NAE_ERA_R-1950_Eesti_Ajakirjanike_Liit, lk 35
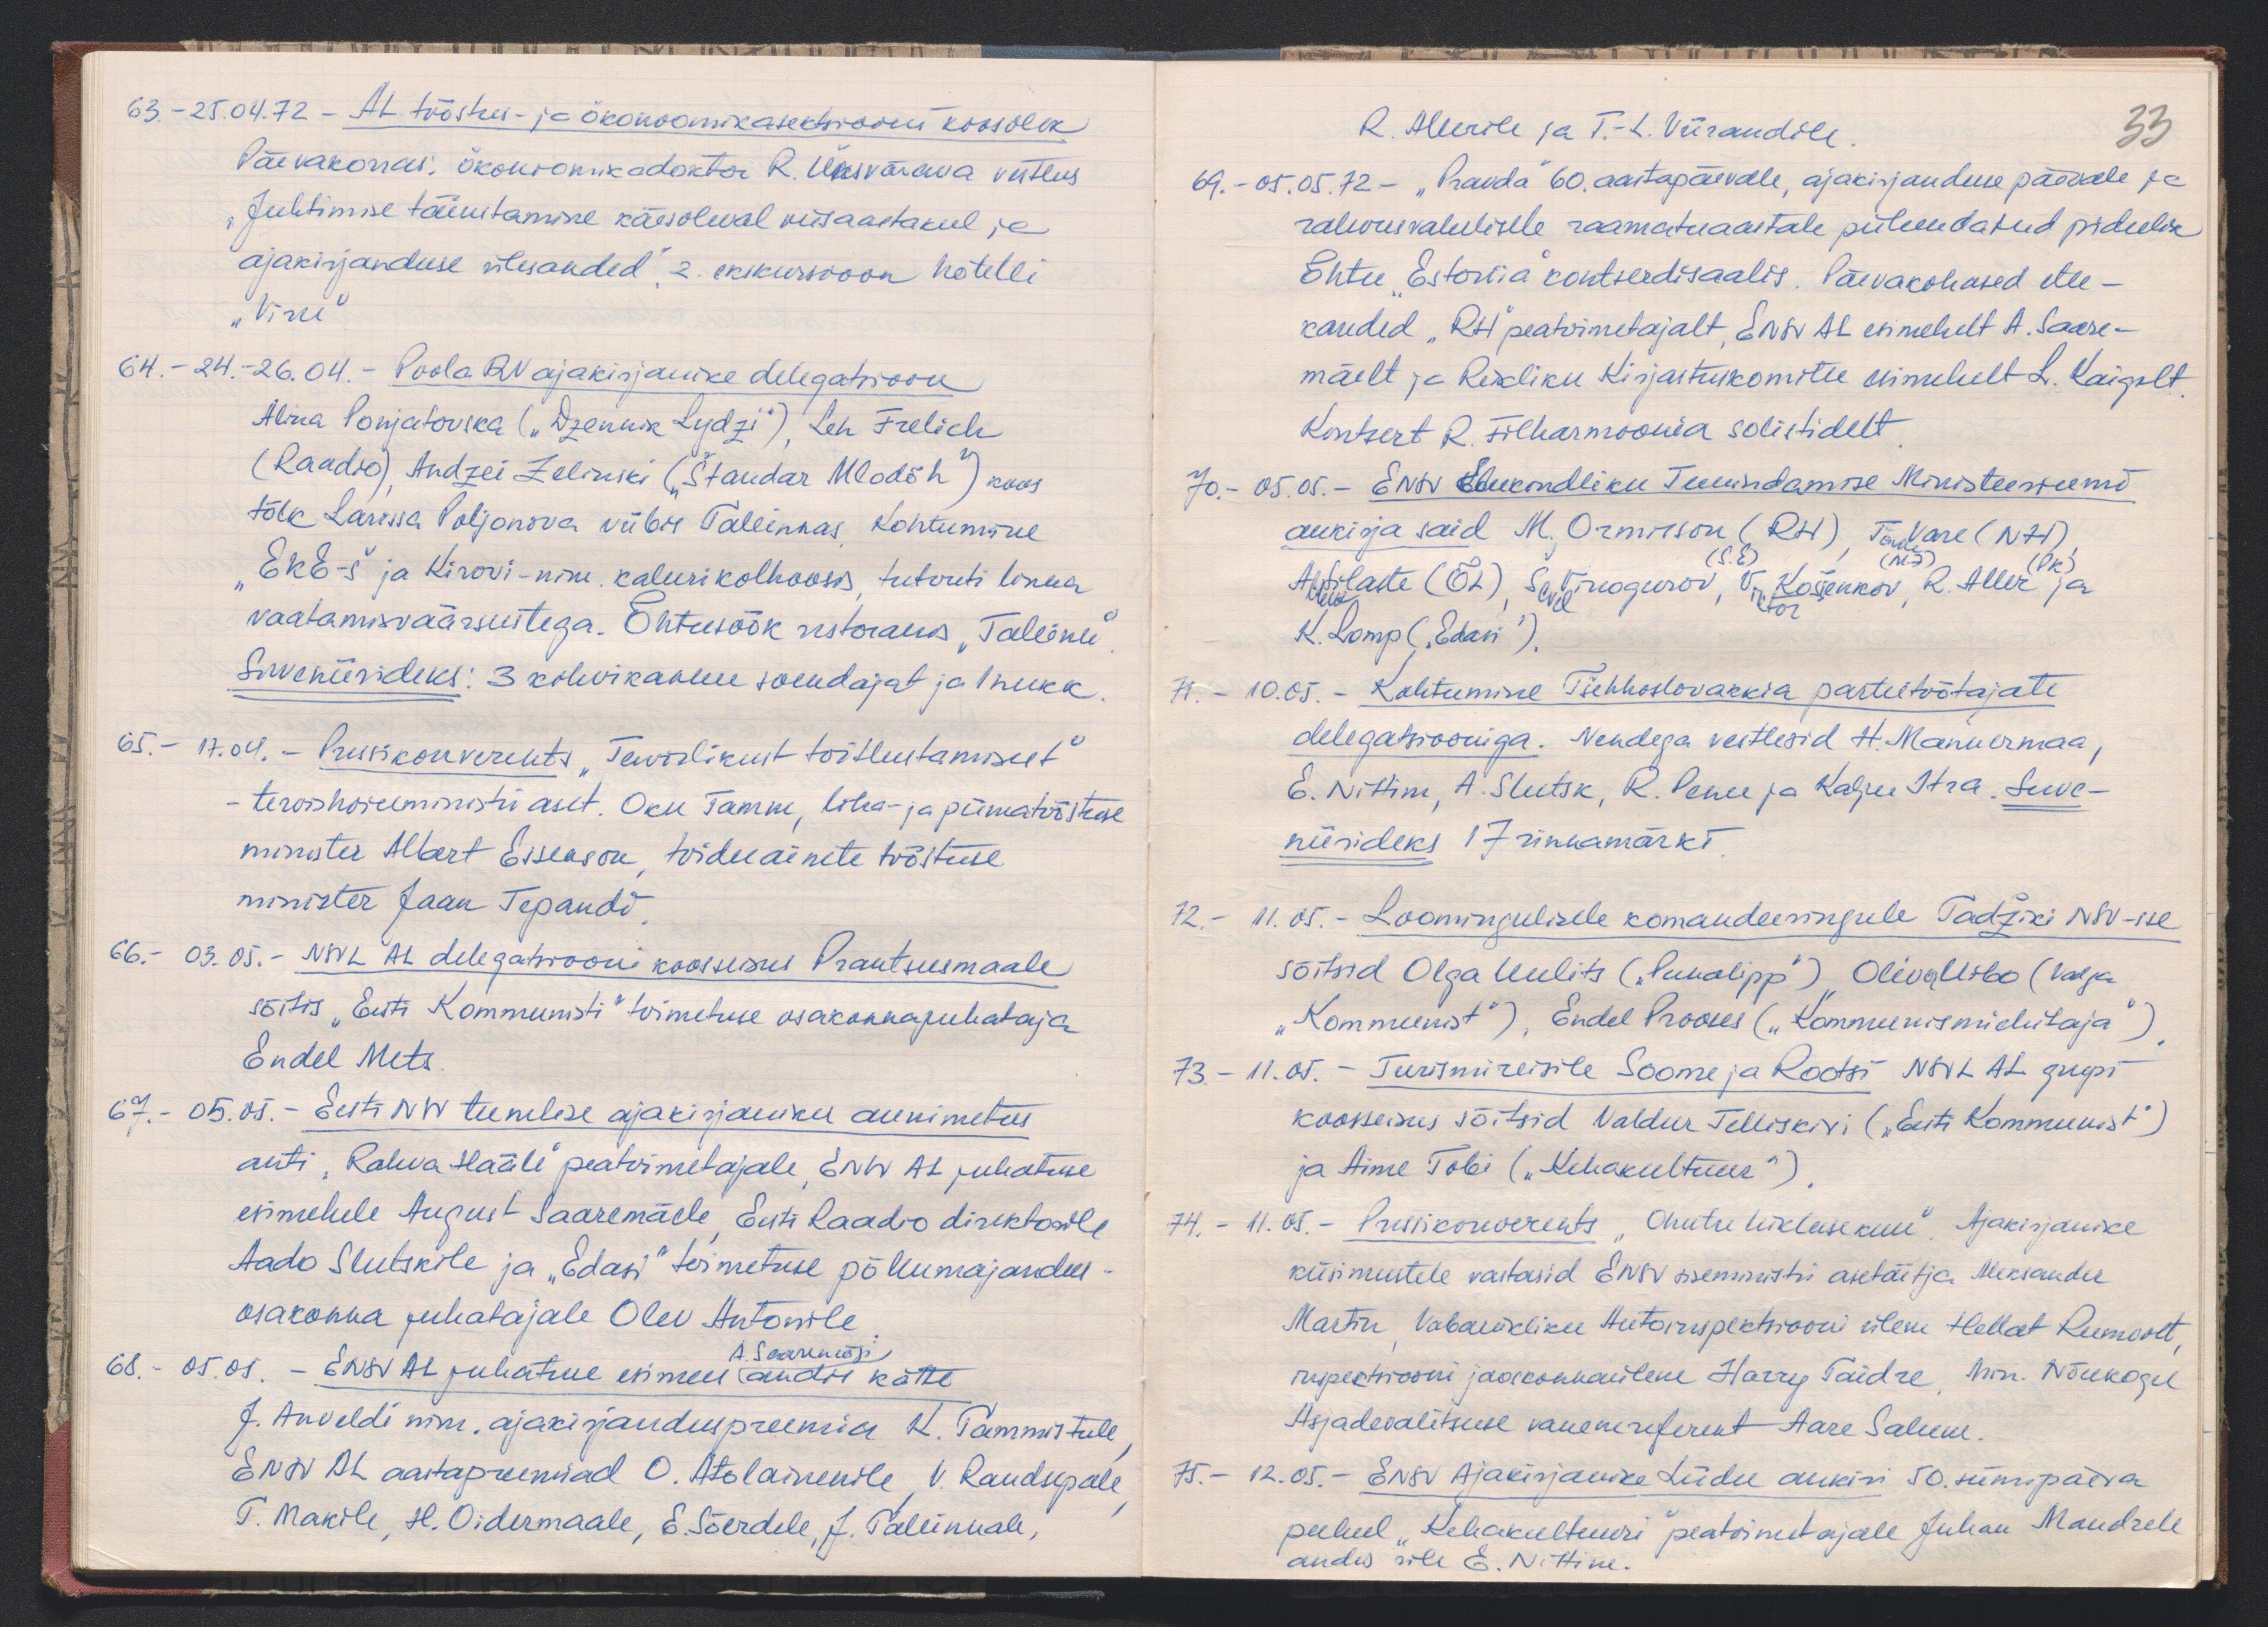
63. - 25.04.72 - AL tööstus- ja ökonoomikasektsiooni koosolek
Päevakorras, ökonoomikadoktor R. Üksvärava vestlus
"Juhtimise täiustamine käesoleval viisaastakul ja
ajakirjanduse ülesanded". 2. esikursioon hotelli
"Viru"
64. - 24.-26.04. - Poola RV ajakirjanike delegatsioon
Alina Ponjatovska ("Dzennik Lydzi") Leh Frelich
(Raadio) Andzei Zelinski ("Štandar Mlodõh") koos
tõlk Larissa Poljonova viibis Tallinnas Kohtumine
"EKE-s" ja Kirovi-nim. kalurikolhoosis, tutvuti linna
vaatamisväärsustega. Õhtusöök restoranis "Tallinn"
Suveniirideks: 3 kohvikannu soendajat ja 1 nukk
65. - 17.04. - Pressikonverents "Tervislikust toitlustamisest"
tervishoiuministri aset. Oku Tamm, liha- ja piimatööstuse
minister Albert Essenson, toiduainete tööstuse
minister Jaan Tepandi
66. - 03.05. - NSVL AL delegatsiooni koosseisus Prantsumaale
sõitis "Eesti Kommunisti" toimetuse osakonnajuhataja
Endel Mets.
67. - 05.05.- Eesti NSV teenelise ajakirjaniku aunimetus
anti "Rahva Hääle" peatoimetajale, ENSV AL juhatuse
esimehele August Saaremäele, Eesti Raadio direktorile
Aado Slutskile ja "Edasi" toimetuse põllumajandus-
osakonna juhatajale Olev Antonile
68. - 05.05. - ENSV AL juhatuse esimees andis kätte,
A. Saaremägi
J. Anveldi nim. ajakirjanduspreemia K. Tammistule
ENSV AL aastapreemiad O. Atolainenile, V. Raudsepale
T. Makile, H. Oidermaale, E. Sõerdele, J. Tallinnale,

R. Allerile ja T.-L. Viirandile
33
69. - 05.05.12. - "Pravda" 60. aastapäevale, ajakirjanduse päevale ja
rahvusvahelisele raamatuaastale pühendatud pidulik
õhtu "Estonia" kontserdisaalis. Päevakohased ette-
kanded "RH" peatoimetajalt, ENSV AL esimehelt A. Saare-
mäelt ja Riikliku Kirjastuskomitee esimehelt L. Kaigelt
Kontsert R. Filharmoonia solistidelt
70. - 05.05. - ENSV Elukondliku Teenindamise Ministeeriumi
aukirja said M. Ormisson (RH), Tõnu Vare (NH),
(S.E)
(ME)
Allan Silbaste (ÕL), Sevel Vinogurov, Viktor Košenkov, R. Aller ja
K. Lomp ("Edasi"),
71. - 10.05. - Kohtumine Tšehhoslovakkia parteitöötajate
delegatsiooniga. Nendega vestlesid H. Mannermaa,
E. Nittim, A. Slutsk, R. Penu ja Kalju Itra. Suve-
niirideks 17 rinnamärki.
72. - 11.05. - Loomingulisele komandeeringule Tadžiki NSV-sse
sõitsid Olga Uulits ("Punalipp") Oliver Uibo (Valga
"Kommunist"), Endel Prooses ("Kommunismiehitaja")
73. - 11.05. - Turismireisile Soome ja Rootsi NSVL  AL grupi
kooseisus sõitsid Valdur Telliskivi ("Eesti Kommunist")
ja Aime Tobi ("Kehakultuur")
74. - 11.05. - Pressikonverents "Ohutu liiklusekuu". Ajakirjanike
küsimustele vastasid ENSV siseministri asetäitja Aleksander
Martin, Vabariikliku Autoinspektsiooni ülem Hellat Rumvolt,
inspektsiooni jaokonnaülem Harry Taidre, Min. Nõukogu
Asjadevalitsuse vanemreferent Aare Salum.
75. - 12.05. - ENSV Ajakirjanike Liidu aukiri 50. sünnipäeva
puhul "Kehakultuuri" peatoimetajale Juhan Mandrele
andis üle E. Nittim.